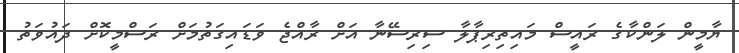
ޔާމީން ލަންކާގެ ރައީސް މައިތިރިޕާލާ ސިރިސޭނާ އަށް ރާއްޖެ ވަޑައިގަތުމަށް ރަސްމީކޮށް ދައުވަތު